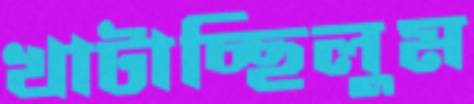
খাটাচ্ছিলুম